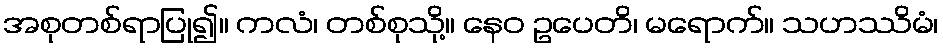
အစုတစ်ရာပြု၍။ ကလံ၊ တစ်စုသို့။ နေဝ ဥပေတိ၊ မရောက်။ သဟဿိမံ၊